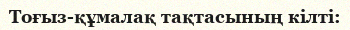
Тоғыз-құмалақ тақтасының кілті: